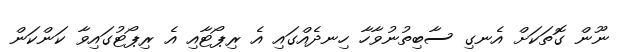
ނޫން ގޮތަކަށް އެނގި ސާބިތުނުވާހާ ހިނދެއްގައި އެ ރިޕޯޓާއި އެ ރިޕޯޓުގައިވާ ކަންކަން